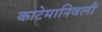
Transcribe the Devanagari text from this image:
काटेमानिवली